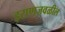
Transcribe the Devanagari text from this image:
इराणजवळील